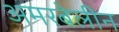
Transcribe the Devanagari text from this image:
अमरबेलीन